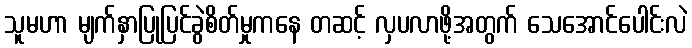
သူမဟာ မျက်နှာပြုပြင်ခွဲစိတ်မှုကနေ တဆင့် လှပလာဖို့အတွက် သေအောင်ပေါင်းလဲ